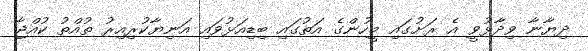
ދިޔާނާ ވިދާޅުވީ އެ ރަށުގައި މީހުންގެ އަތުގައި ބިޑިއަޅުވައި އަނިޔާކުރިއިރު ތުއްތު ކުއްޖާ